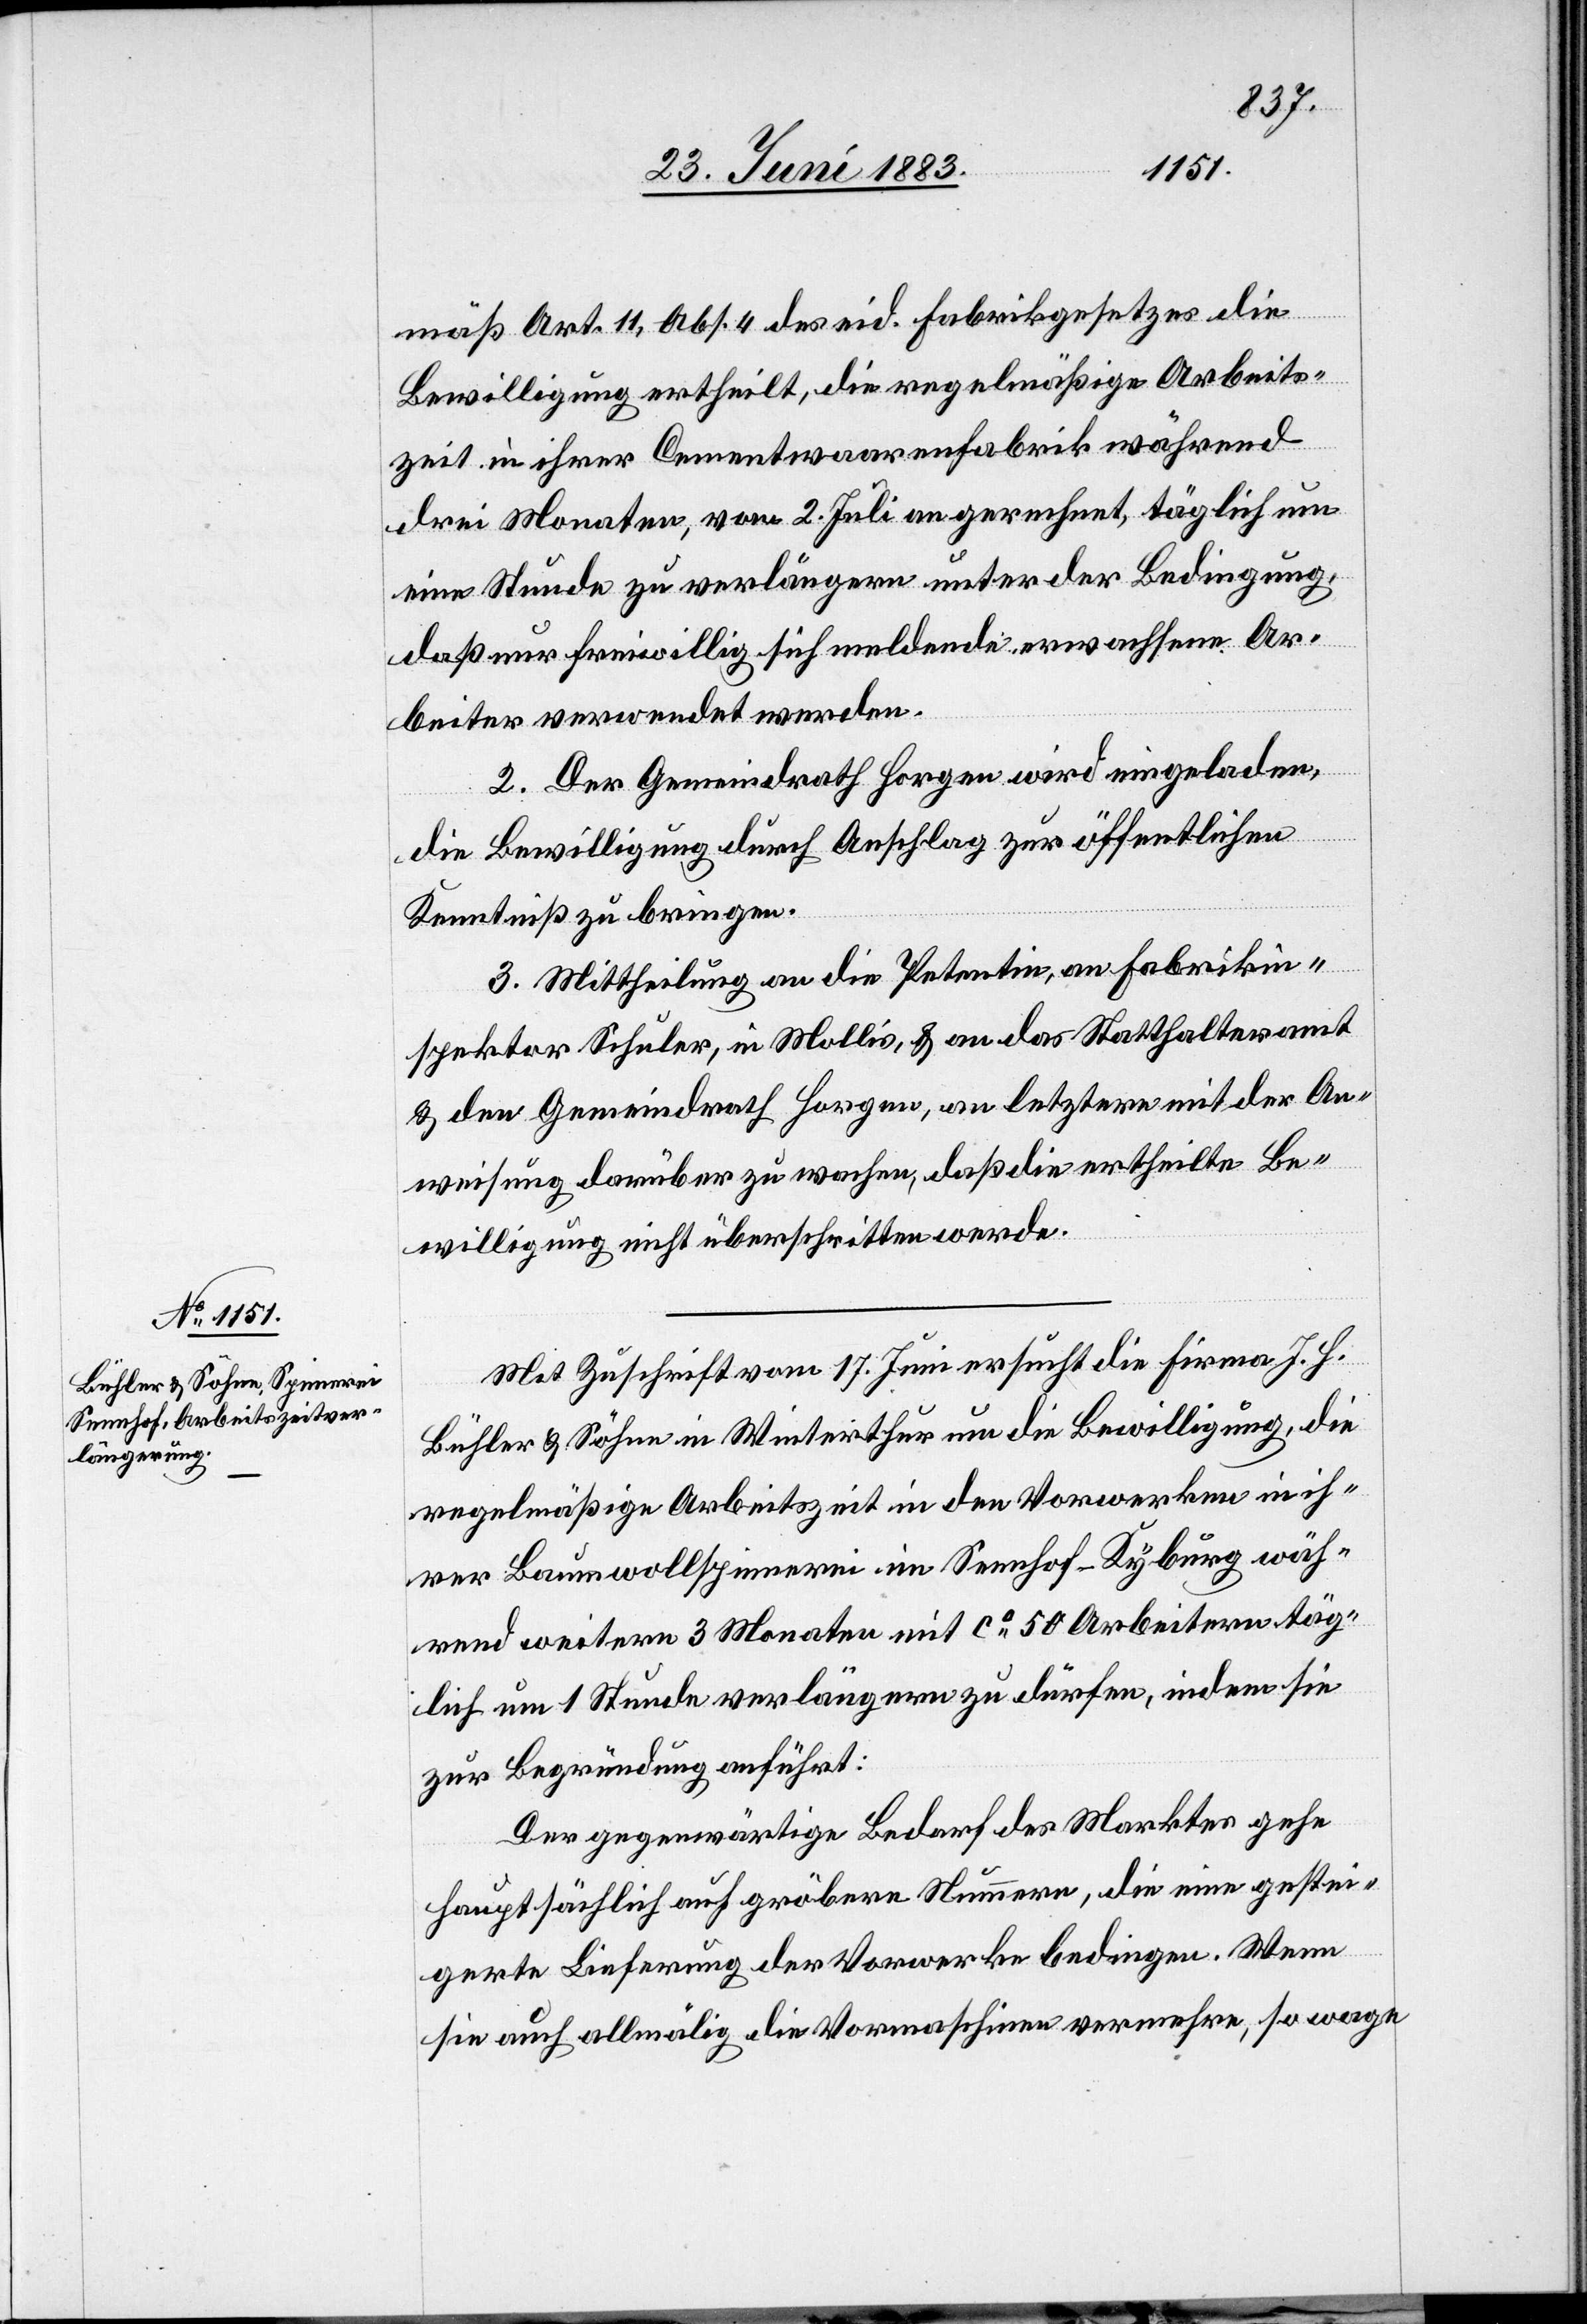
mäß Art. 11, Abs. 4 des eid. Fabrikgesetzes die
Bewilligung ertheilt, die regelmäßige Arbeits¬
zeit in ihrer Cementwaarenfabrik während
drei Monaten, vom 2. Juli an gerechnet, täglich um
eine Stunde zu verlängern unter der Bedingung,
daß nur freiwillig sich meldende erwachsene Ar¬
beiter verwendet werden.
2. Der Gemeindrath Horgen wird eingeladen,
die Bewilligung durch Anschlag zur öffentlichen
Kenntniß zu bringen.
3. Mittheilung an die Petentin, an Fabrikin¬
spektor Schuler, in Mollis, & an das Statthalteramt
& den Gemeindrath Horgen, an letztere mit der An¬
weisung darüber zu wachen, daß die ertheilte Be¬
willigung nicht überschritten werde.
Mit Zuschrift vom 17. Juni ersucht die Firma J. H.
Bühler & Söhne in Winterthur um die Bewilligung, die
regelmäßige Arbeitszeit in den Vorwerken in ih¬
rer Baumwollspinnerei im Sennhof - Kyburg wäh¬
rend weitern 3 Monaten mit ca 50 Arbeitern täg¬
lich um 1 Stunde verlängern zu dürfen, indem sie
zur Begründung anführt:
Der gegenwärtige Bedarf des Marktes gehe
hauptsächlich auf gröbere Nummern, die eine gestei¬
gerte Lieferung der Vorwerke bedingen. Wenn
sie auch allmälig die Vormaschinen vermehre, so wage